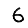
Digit: 6